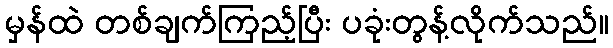
မှန်ထဲ တစ်ချက်ကြည့်ပြီး ပခုံးတွန့်လိုက်သည်။